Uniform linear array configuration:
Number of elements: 8
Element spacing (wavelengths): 0.25
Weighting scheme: hann
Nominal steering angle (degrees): -60
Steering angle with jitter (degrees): -59.196
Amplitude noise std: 0.05
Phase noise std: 0.05

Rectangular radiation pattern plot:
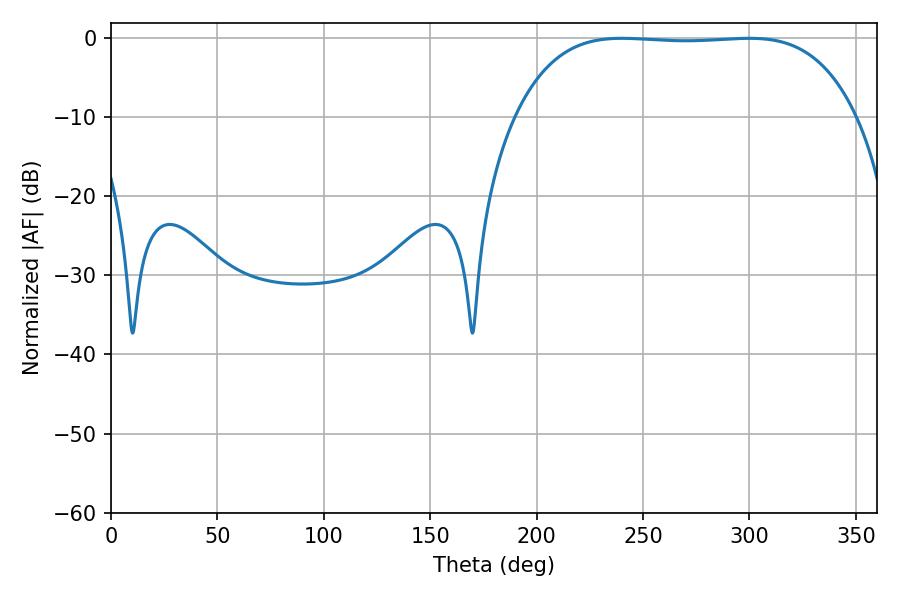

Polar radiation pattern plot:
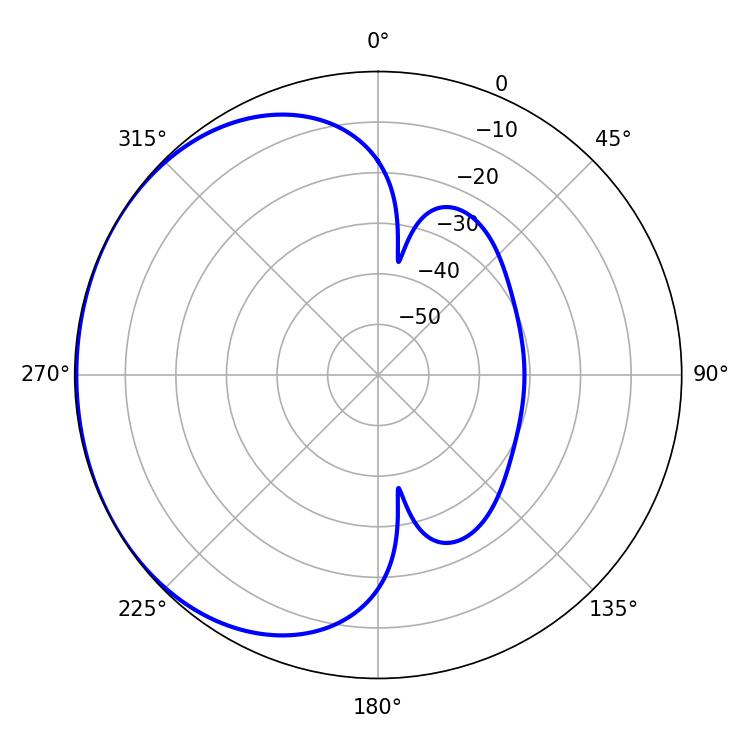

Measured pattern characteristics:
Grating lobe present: FALSE
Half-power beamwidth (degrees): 124.92
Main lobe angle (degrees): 240.12